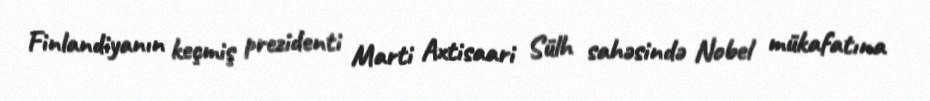
Finlandiyanın keçmiş prezidenti Marti Axtisaari Sülh sahəsində Nobel mükafatına